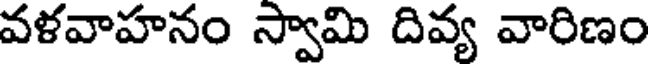
వళవాహనం స్వామి దివ్య వారిణం